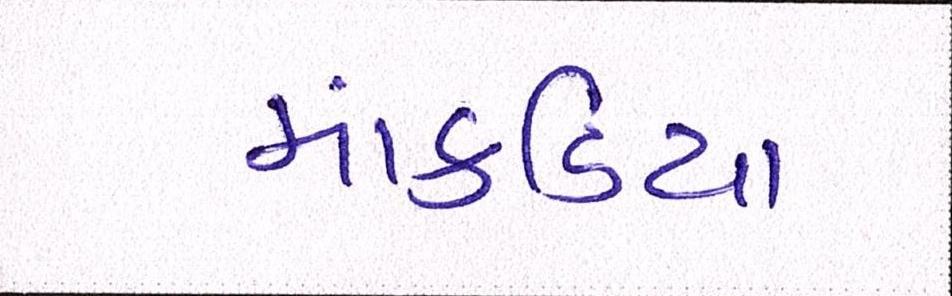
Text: માંકડિયા